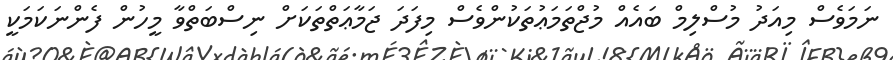
ނަމަވެސް މިއަދު މުސްލިމް ބައެއް މުޖްތަމަޢުތަކުންވެސް މިފަދަ ޖަމާޢަތްތަކަށް ނިސްބަތްވާ މީހުން ފެންނަކަމަކީ